Statistics compiled by the Government of India from the reports of provincial Civil Veterinary Departments
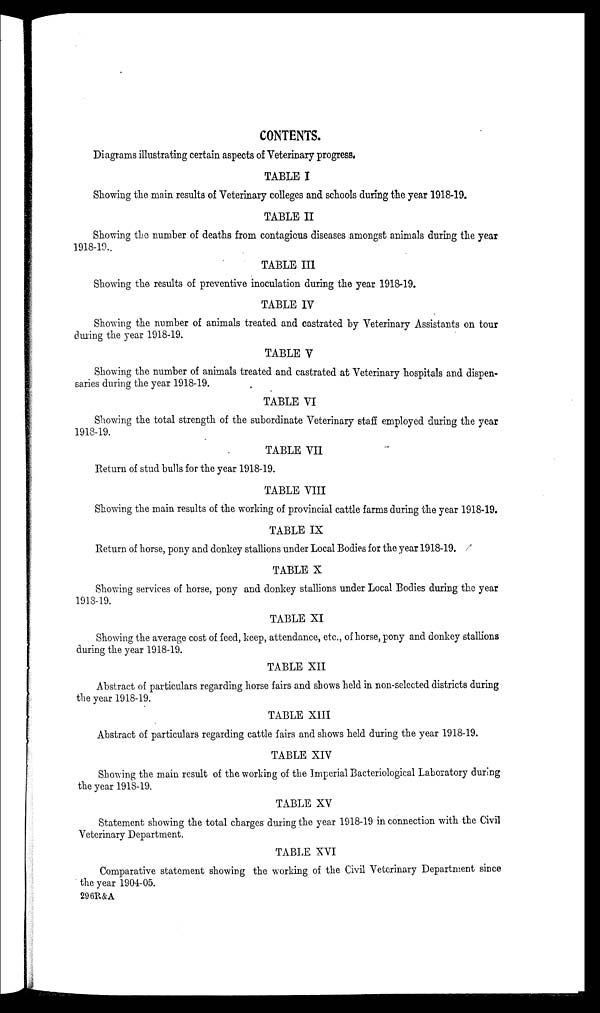
CONTENTS.
Diagrams illustrating certain aspects of Veterinary progress.
TABLE I
Showing the main results of Veterinary colleges and schools during the year 1918-19.
TABLE II
Showing the number of deaths from contagious diseases amongst animals during the year
1918-19.
TABLE III
Showing the results of preventive inoculation during the year 1918-19.
TABLE IV
Showing the number of animals treated and castrated by Veterinary Assistants on tour
during the year 1918-19.
TABLE V
Showing the number of animals treated and castrated at Veterinary hospitals and dispen-
saries during the year 1918-19.
TABLE VI
Showing the total strength of the subordinate Veterinary staff employed during the year
1918-19.
TABLE VII
Return of stud bulls for the year 1918-19.
TABLE VIII
Showing the main results of the working of provincial cattle farms during the year 1918-19.
TABLE IX
Return of horse, pony and donkey stallions under Local Bodies for the year 1918-19.
TABLE X
Showing services of horse, pony and donkey stallions under Local Bodies during the year
1918-19.
TABLE XI
Showing the average cost of feed, keep, attendance, etc., of horse, pony and donkey stallions
during the year 1918-19.
TABLE XII
Abstract of particulars regarding horse fairs and shows held in non-selected districts during
the year 1918-19.
TABLE XIII
Abstract of particulars regarding cattle fairs and shows held during the year 1918-19.
TABLE XIV
Showing the main result of the working of the Imperial Bacteriological Laboratory during
the year 1918-19.
TABLE XV
Statement showing the total charges during the year 1918-19 in connection with the Civil
Veterinary Department.
TABLE XVI
Comparative statement showing the working of the Civil Veterinary Department since
the year 1904-05.
296R&A